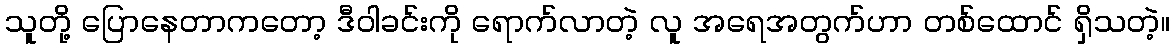
သူတို့ ပြောနေတာကတော့ ဒီဝါခင်းကို ရောက်လာတဲ့ လူ အရေအတွက်ဟာ တစ်ထောင် ရှိသတဲ့။